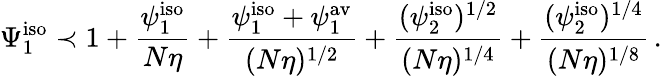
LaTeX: \Psi_{1}^{\mathrm{iso}}\prec 1+\frac{\psi_{1}^{\mathrm{iso}}}{N\eta}+\frac{\psi_{1}^{\mathrm{iso}}+\psi_{1}^{\mathrm{av}}}{(N\eta)^{1/2}}+\frac{(\psi_{2}^{\mathrm{iso}})^{1/2}}{(N\eta)^{1/4}}+\frac{(\psi_{2}^{\mathrm{iso}})^{1/4}}{(N\eta)^{1/8}}\, .